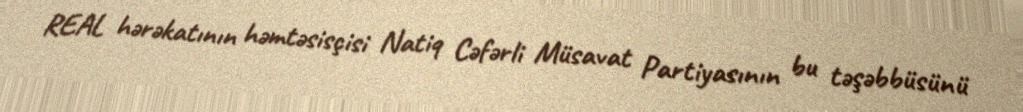
REAL hərəkatının həmtəsisçisi Natiq Cəfərli Müsavat Partiyasının bu təşəbbüsünü